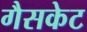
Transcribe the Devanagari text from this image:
गैसकेट